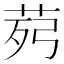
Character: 𦯢